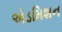
એડમિશન